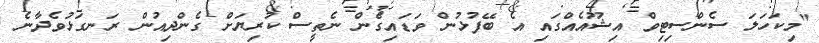
"މިކަހަލަ ސެންސިޓިވް އިޝޫއެއްގައި އެ ބޭފުޅުން ވަޑައިގެން ނެތީސް ކުރިޔަށް ގެންދިއުން ރަނގަޅުވެދާނެ